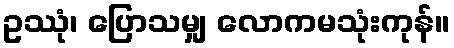
ဥဿုံ၊ ပြောသမျှ လောကမသုံးကုန်။